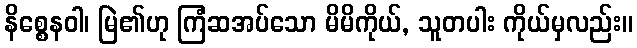
နိစ္စေနဝါ၊ မြဲ၏ဟု ကြံဆအပ်သော မိမိကိုယ်, သူတပါး ကိုယ်မှလည်း။